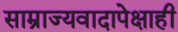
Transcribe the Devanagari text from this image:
साम्राज्यवादापेक्षाही